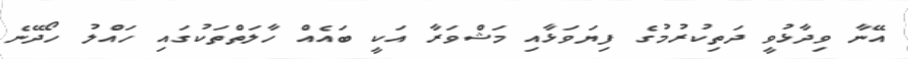
އޭނާ ވިދާޅުވީ ދަތިކުރުމުގެ ފިޔަވަޅާއި މަޝްވަރާ އަކީ ބައެއް ހާލަތްތަކުގައި ހައްލު ހޯދޭނެ